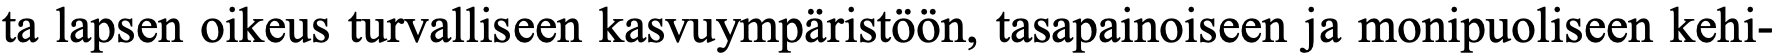
ta lapsen oikeus turvalliseen kasvuympäristöön, tasapainoiseen ja monipuoliseen kehi-